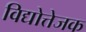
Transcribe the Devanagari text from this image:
विद्योत्तेजक